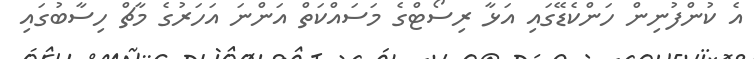
އެ ކުންފުނިން ހަންކެޑޭގައި އަޅާ ރިސޯޓްގެ މަސައްކަތް އަންނަ އަހަރުގެ މާޗް ހިސާބުގައި